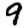
Digit: 9